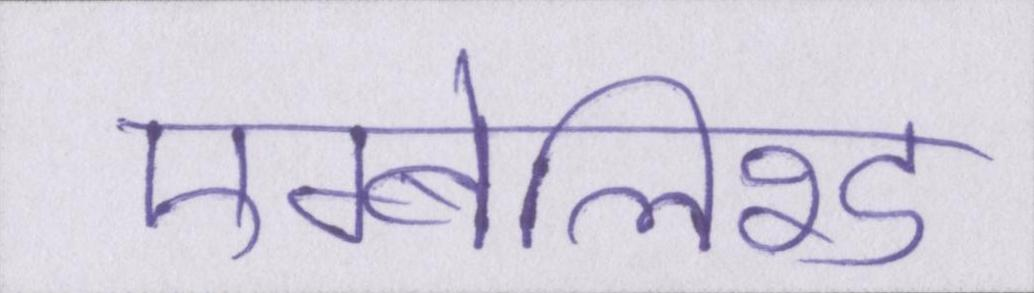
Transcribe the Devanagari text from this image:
एम्बेलिश्ड